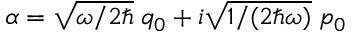
\alpha = \sqrt { \omega / 2 \hbar } \; q _ { 0 } + i \sqrt { 1 / ( 2 \hbar \omega ) } \; p _ { 0 }